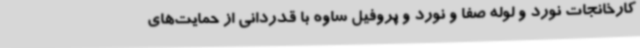
کارخانجات نورد و لوله صفا و نورد و پروفیل ساوه با قدردانی از حمایت‌های